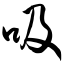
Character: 吸